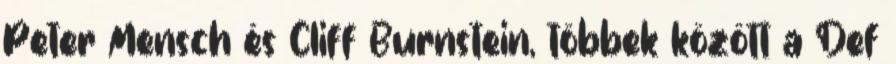
Peter Mensch és Cliff Burnstein, többek között a Def